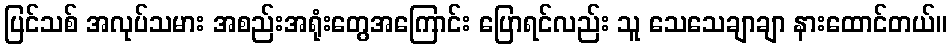
ပြင်သစ် အလုပ်သမား အစည်းအရုံးတွေအကြောင်း ပြောရင်လည်း သူ သေသေချာချာ နားထောင်တယ်။